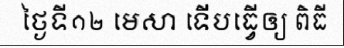
ថ្ងៃទី១២ មេសា ទើបធ្វើឲ្យ ពិធី